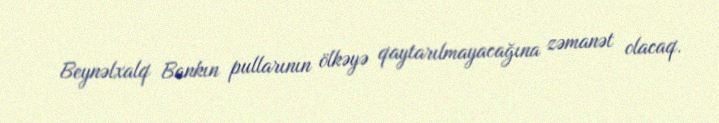
Beynəlxalq Bankın pullarının ölkəyə qaytarılmayacağına zəmanət olacaq.